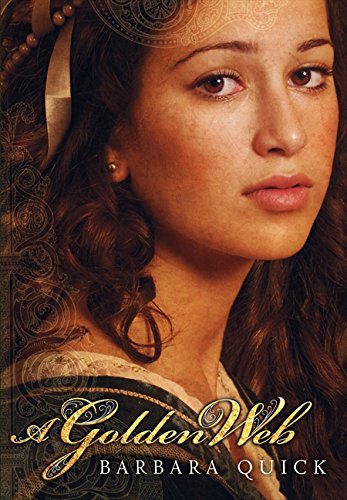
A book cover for A Golden Web; Barbara Quick; Teen & Young Adult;